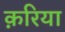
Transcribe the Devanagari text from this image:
क़रिया